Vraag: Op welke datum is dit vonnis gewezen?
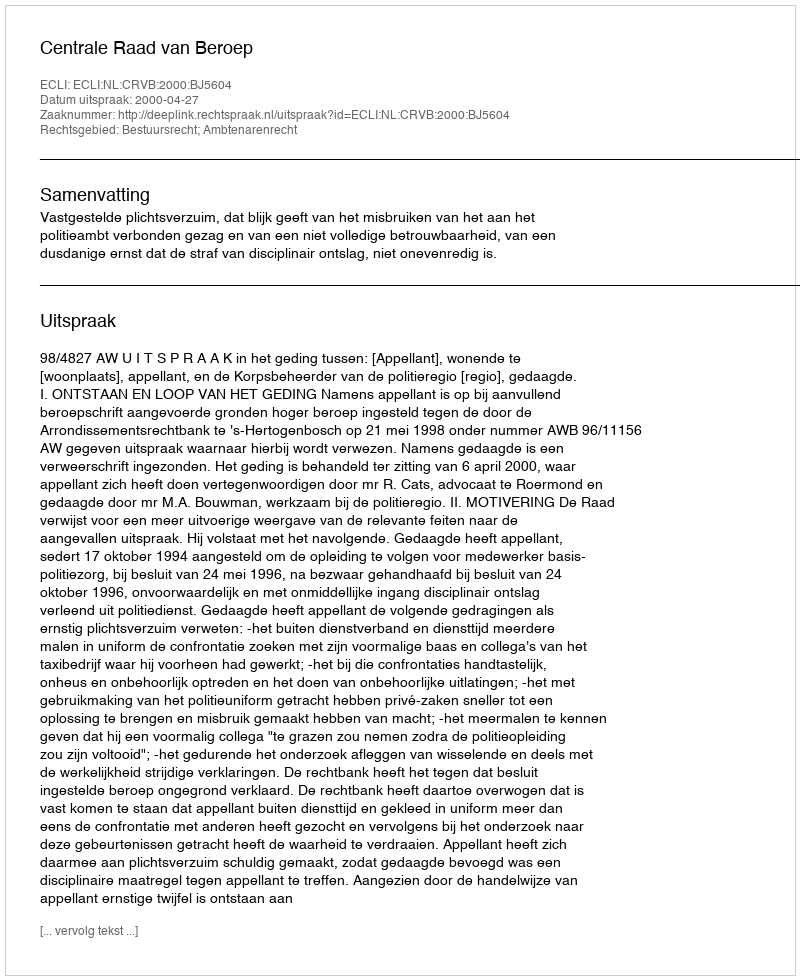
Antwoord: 2000-04-27